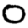
Digit: 0